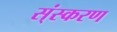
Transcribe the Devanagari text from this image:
स्ंस्करण